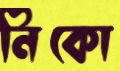
নিকো